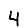
Digit: 4